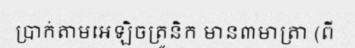
ប្រាក់តាមអេឡិចត្រូនិក មាន៣មាត្រា (ពី